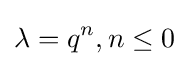
\lambda =q^{n},n\leq 0